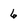
Character: 6